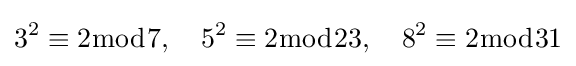
3^{2}\equiv 2{\bmod {7}},\quad 5^{2}\equiv 2{\bmod {23}},\quad 8^{2}\equiv 2{\bmod {31}}